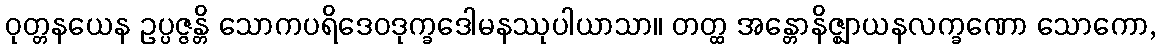
ဝုတ္တနယေန ဥပ္ပဇ္ဇန္တိ သောကပရိဒေဝဒုက္ခဒေါမနဿုပါယာသာ။ တတ္ထ အန္တောနိဇ္ဈာယနလက္ခဏော သောကော,